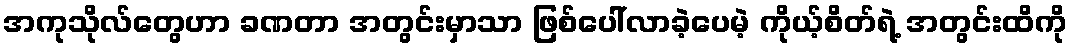
အကုသိုလ်တွေဟာ ခဏတာ အတွင်းမှာသာ ဖြစ်ပေါ်လာခဲ့ပေမဲ့ ကိုယ့်စိတ်ရဲ့ အတွင်းထိကို